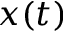
x ( t )